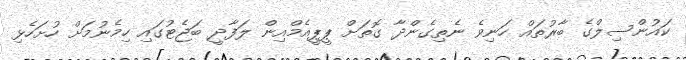
ކައުންސިލްގެ ބާރުތައް ހަނިވެ ނެތިގެންދާ ގޮތަށް ޕީޕީއެމްއިން ލަފާދީ ބަޖެޓުގައި ހިމެނުމަށް ހުށަހެޅި